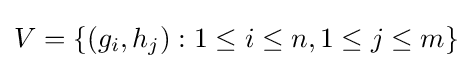
V=\left\{(g_{i},h_{j}):1\leq i\leq n,1\leq j\leq m\right\}